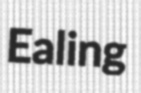
Ealing